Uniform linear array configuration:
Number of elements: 4
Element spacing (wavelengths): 1
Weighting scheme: binomial
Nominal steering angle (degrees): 30
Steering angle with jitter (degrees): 30.821
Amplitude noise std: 0.05
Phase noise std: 0.05

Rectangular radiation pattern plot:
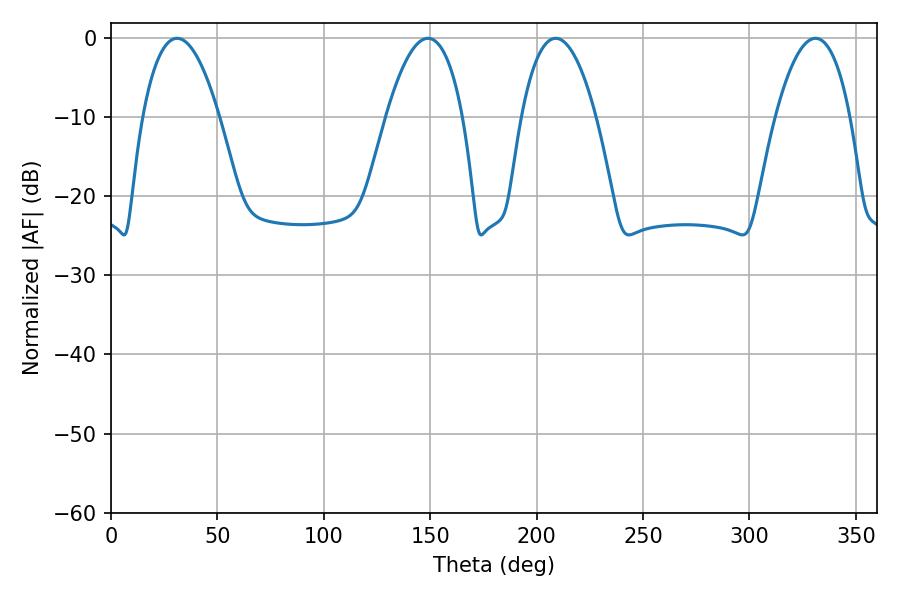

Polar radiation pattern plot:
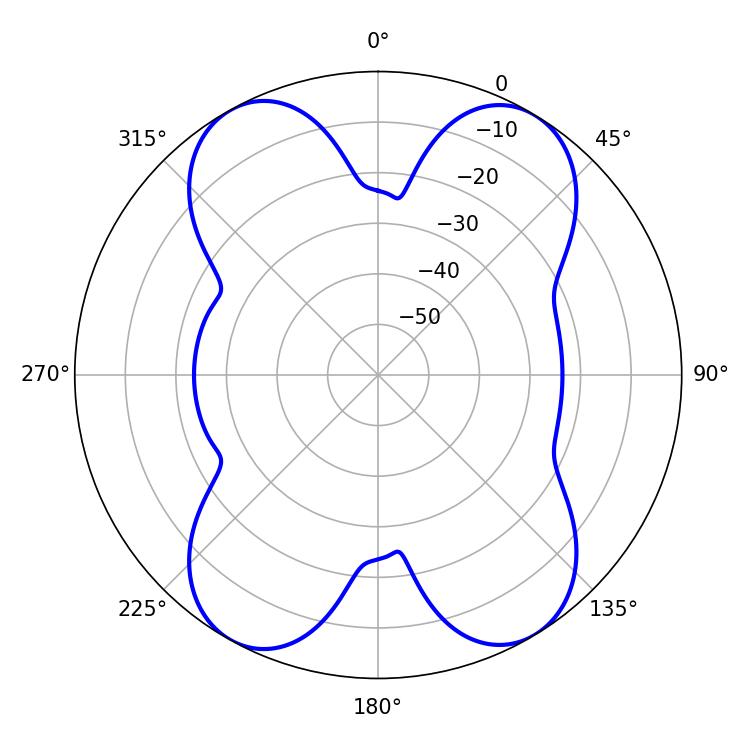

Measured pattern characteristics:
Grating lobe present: TRUE
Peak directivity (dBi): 17.332
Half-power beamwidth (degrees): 19.62
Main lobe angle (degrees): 208.98